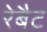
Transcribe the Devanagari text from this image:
रेबैट